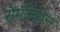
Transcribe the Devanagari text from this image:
रोमॅनियन